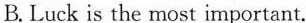
B. Luck is the most important.